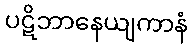
ပဋိဘာနေယျကာနံ